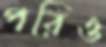
পরিও